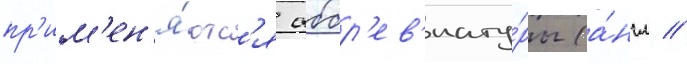
пр'им'ен'я́ютс'я аббр'ев'иату́ры (а́нгл //